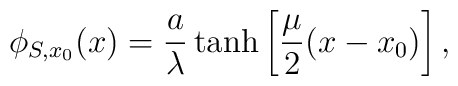
\phi_{S,x_{0}}(x)=\frac{a}{\lambda}\tanh\left[\frac{\mu}{2}(x-x_{0})\right],